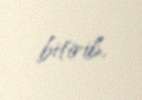
bitirib.